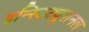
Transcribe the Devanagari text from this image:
इन्स्टिट्युशनल